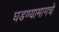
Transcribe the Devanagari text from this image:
घडण्यामागचे